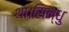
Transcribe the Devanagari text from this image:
था।सिन्धु